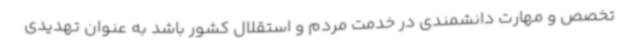
تخصص و مهارت دانشمندی در خدمت مردم و استقلال کشور باشد به عنوان تهدیدی